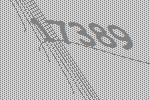
17389